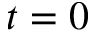
t = 0